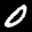
Label: 0